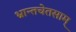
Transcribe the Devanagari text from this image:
भ्रान्तचेतसाम्